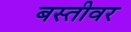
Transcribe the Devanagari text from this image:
बस्तीवर